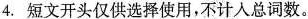
4.短文开头仅供选择使用,不计人总词数。